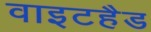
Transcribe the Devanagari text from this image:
वाइटहैड